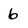
Character: 6